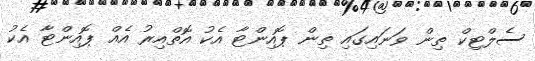
ސެލްޓިކް ތިން ވަނައިގައި ތިން ޕޮއިންޓާ އެކު އޮތްއިރު އެއް ޕޮއިންޓާ އެކު